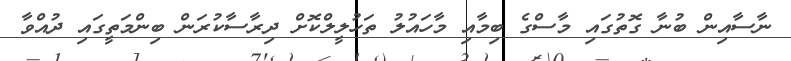
ނާސާއިން ބުނާ ގޮތުގައި މާސްގެ ބިމާއި މާހައުލު ތަހުލީލްކޮށް ދިރާސާކުރަން ބިންމަތީގައި ދުއްވާ